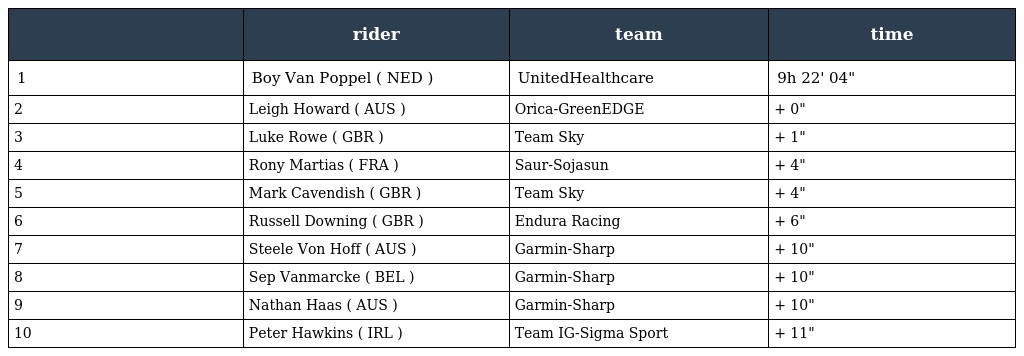
|  | rider | team | time |
 | --- | --- | --- | --- |
 | 1 | Boy Van Poppel ( NED ) | UnitedHealthcare | 9h 22' 04" |
 | 2 | Leigh Howard ( AUS ) | Orica-GreenEDGE | + 0" |
 | 3 | Luke Rowe ( GBR ) | Team Sky | + 1" |
 | 4 | Rony Martias ( FRA ) | Saur-Sojasun | + 4" |
 | 5 | Mark Cavendish ( GBR ) | Team Sky | + 4" |
 | 6 | Russell Downing ( GBR ) | Endura Racing | + 6" |
 | 7 | Steele Von Hoff ( AUS ) | Garmin-Sharp | + 10" |
 | 8 | Sep Vanmarcke ( BEL ) | Garmin-Sharp | + 10" |
 | 9 | Nathan Haas ( AUS ) | Garmin-Sharp | + 10" |
 | 10 | Peter Hawkins ( IRL ) | Team IG-Sigma Sport | + 11" |